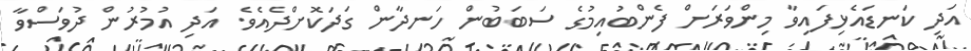
އަދި ކަނޑައެޅިފައިވާ މިންވަރަށް ފެންބުއިމުގެ ސަބަބުން ހަނދާން ގަދަކޮށްދެއެވެ. އަދި އުމުރުން ދުވަސްވާ